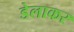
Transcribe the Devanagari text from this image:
डेलाकर